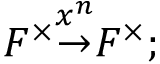
F ^ { \times } { \overset { x ^ { n } } { \to } } F ^ { \times } ;